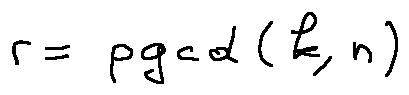
r = p g c d ( k , n )